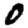
Digit: 0